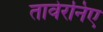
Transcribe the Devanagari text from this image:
तावेरनिए